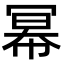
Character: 幂